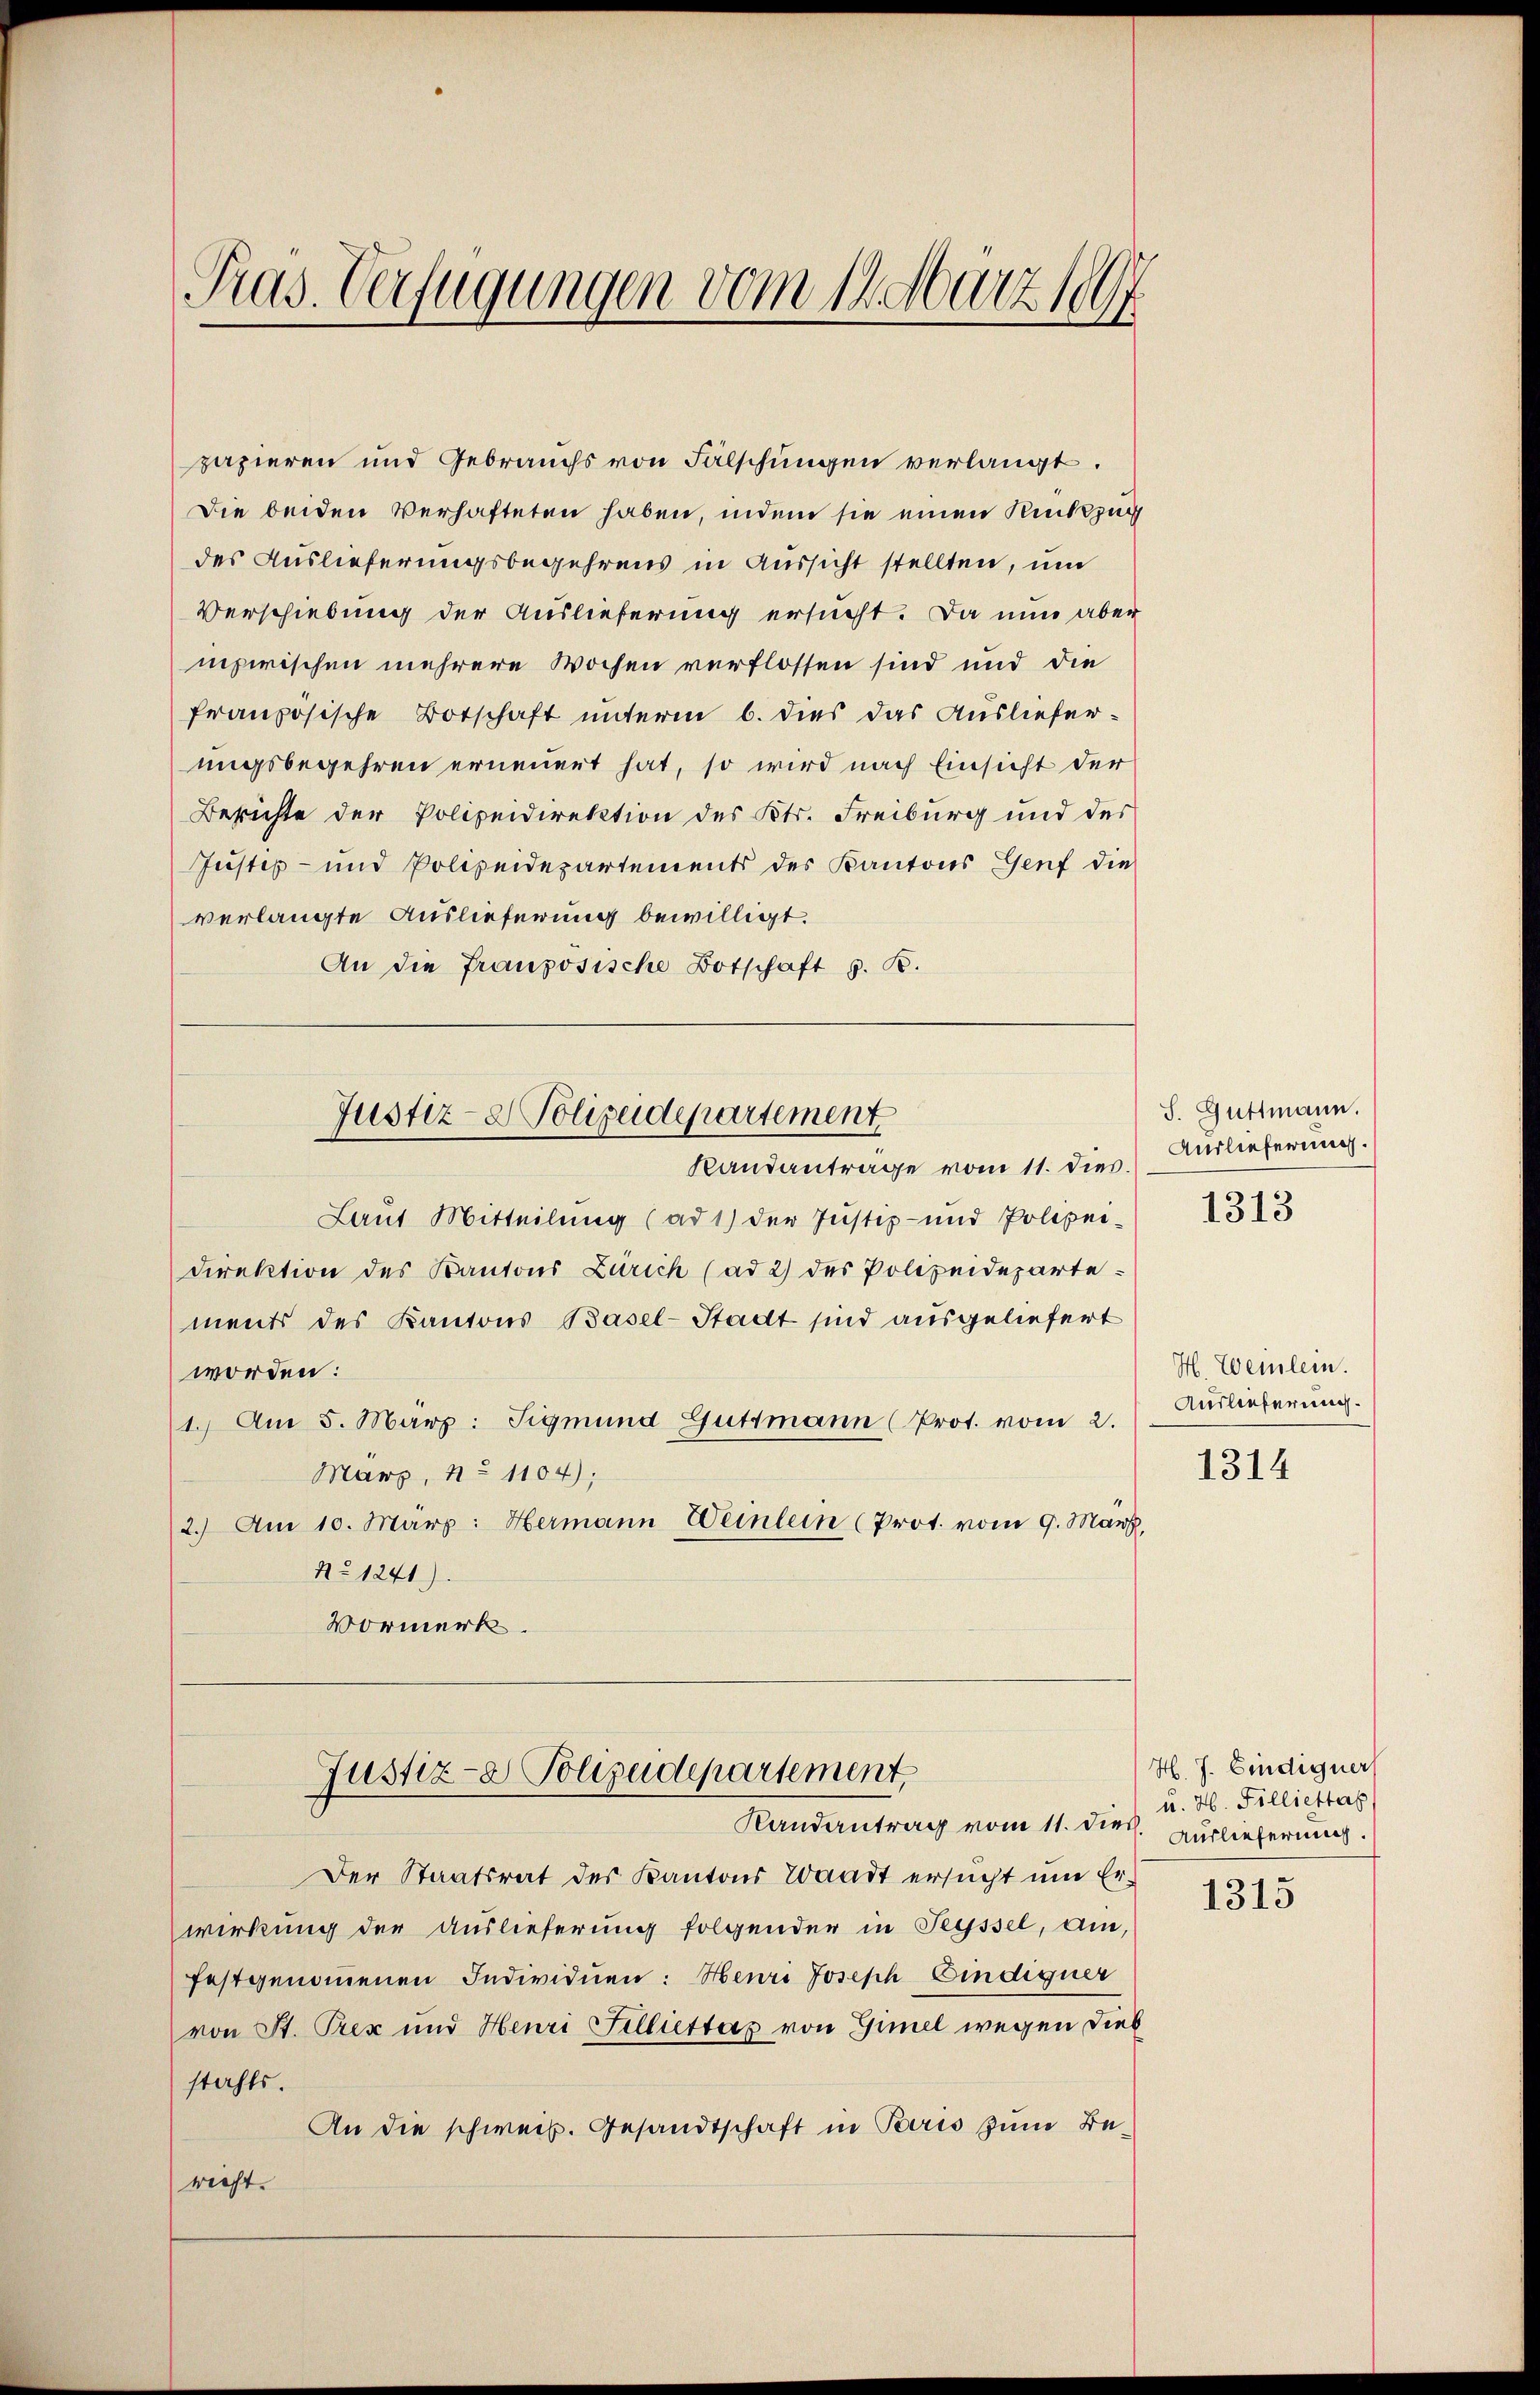
Pras. Verfügungen vom 14. März 1897

papieren und Gebrauchs von Fälschungen verlangt.
Die beiden Verhafteten haben, indem sie einen Rückzug
des Auslieferungsbegehrens in Aussicht stellten, um
Verschiebung der Auslieferung ersucht. Da nun aber
inzwischen mehrere Wochen verflossen sind und die
französische Botschaft unterm 6. dies das Auslieferungsbegehren ernennet hat, so wird nach Einsicht der
Berichte der Polizeidirektion des Kts. Freiburg und des
Justiz- und Polizeidepartements des Kantons Genf die
verlangte Auslieferung bewilligt.
An die französische Botschaft z. B.

Laut Mitteilung (ad 1) der Justiz- und Polizei-
Direktion des Kantons Zürich (ad 2) des Polizeideparte
ments des Kantons Basel-Stadt sind ausgeliefert
worden:
1.) Am 5. Marz: Sigmund Guttmann (Prot. vom 2.
Marz, No 1104);
2.) Am 10. März: Hermann Weinlein (Prot. vom 9. März.
No 1241)
Vormerk
Justiz- Polizeidepartement,
Randantrag vom 11. dies
Der Staatsrat des Kantons Waadt ersucht um Erwirkung der Auslieferung folgender in Teyssel, am
festgenommenen Individuen: Henri Joseph Bindigner
von St. Prex und Henri Felliettag von Gimel wegen Dieb
stahls.
An die schweiz. Gesandtschaft in Paris zum Bericht.

Justiz- & Polizeidepartement
Randantrage vom 11. dies.

S. Guttmann.
Auslieferung.
1313

H. Weinlein.
Auslieferung

1314

H. J. Bindigner
u. H. Filliettag
Auslieferung

1315